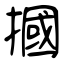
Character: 摑